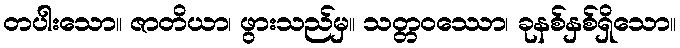
တပါးသော။ ဇာတိယာ၊ ဖွားသည်မှ။ သတ္တဝဿော၊ ခုနစ်နှစ်ရှိသော။